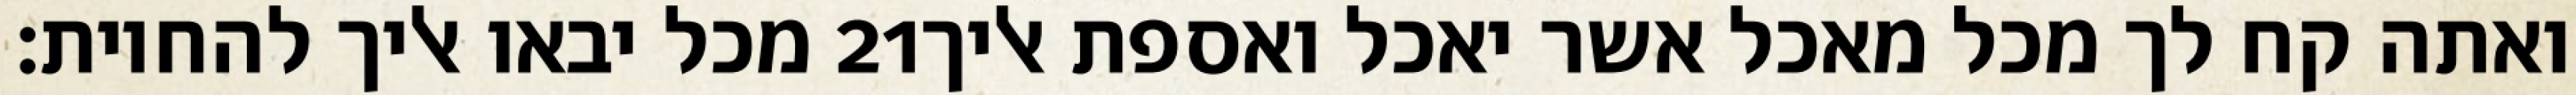
מכל יבאו אליך להחיות׃ ‎21‏ ואתה קח לך מכל מאכל אשר יאכל ואספת אליך